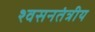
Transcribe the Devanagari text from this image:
श्वसनतंत्रीय